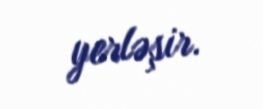
yerləşir.